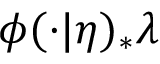
\phi ( \cdot | \eta ) _ { * } \lambda